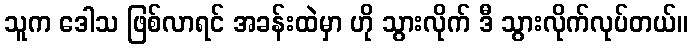
သူက ဒေါသ ဖြစ်လာရင် အခန်းထဲမှာ ဟို သွားလိုက် ဒီ သွားလိုက်လုပ်တယ်။